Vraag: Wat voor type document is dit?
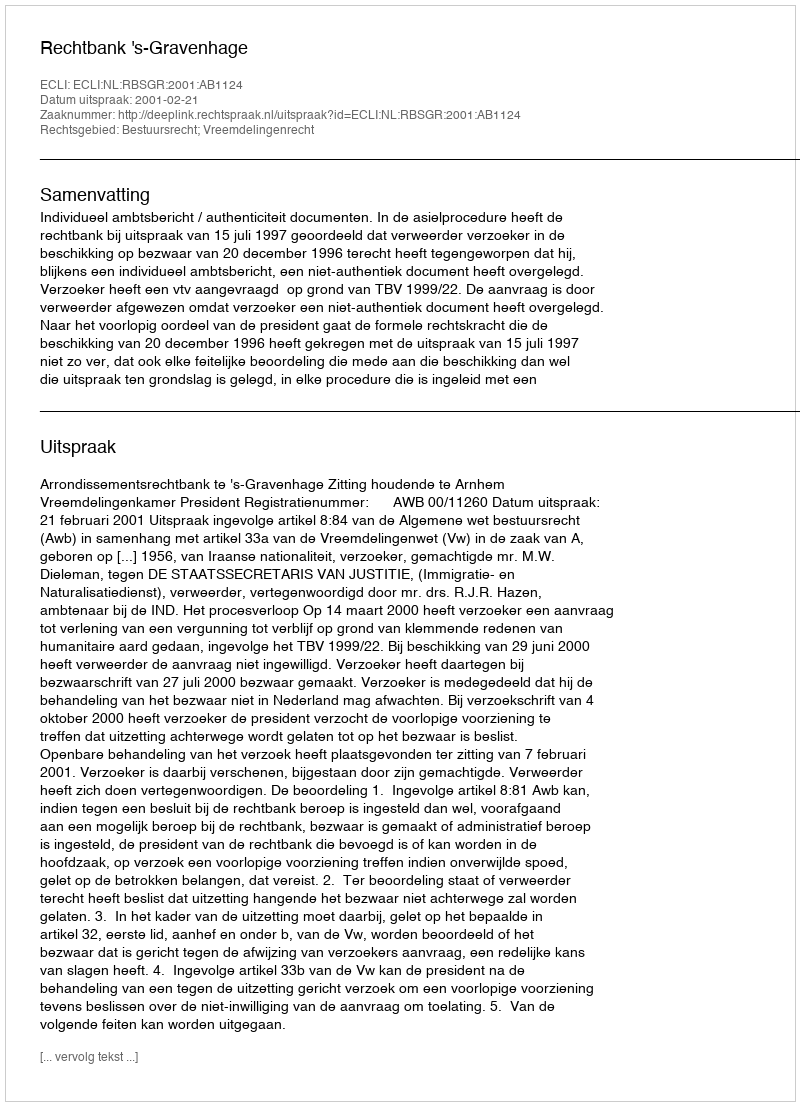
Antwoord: Uitspraak